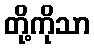
တို့ကိုသာ